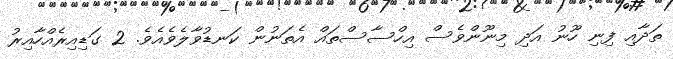
ތަދާއި ފިނި ހޫނު އަދި މިނޫންވެސް އިހްސާސްތައް އެތަނުން ކަނޑުވާލެވެއެވެ. 2 ގަޑިއިރެއްހާއިރު